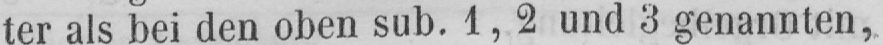
ter als bei den oben sub. 1, 2 und 3 genannten,